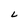
Character: L